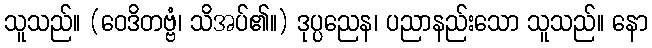
သူသည်။ (ဝေဒိတဗ္ဗံ၊ သိအပ်၏။) ဒုပ္ပညေန၊ ပညာနည်းသော သူသည်။ နော